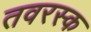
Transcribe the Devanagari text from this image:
तवरस्क